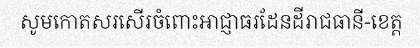
សូមកោតសរសើរចំពោះឤជ្ញាធរដែនដីរាជធានី-ខេត្ត